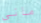
مانى